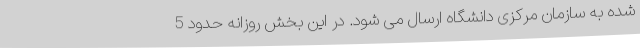
شده به سازمان مرکزی دانشگاه ارسال می شود. در این بخش روزانه حدود 5